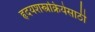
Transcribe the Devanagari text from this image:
हृदयशस्त्रक्रियेसाठी